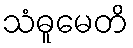
သံဓူမေတိ